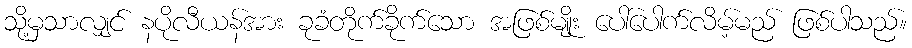
သို့မှသာလျှင် နပိုလီယန်အား ခုခံတိုက်ခိုက်သော အဖြစ်မျိုး ပေါ်ပေါက်လိမ့်မည် ဖြစ်ပါသည်။